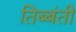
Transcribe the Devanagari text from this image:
तिब्बंती